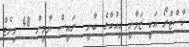
ކާސްޓްރޯ އަކީ ޒަމާނީ ކިއުބާގެ ބާނީ  ރައީސް ޔާމީން 48 މިނެޓް